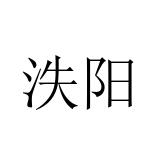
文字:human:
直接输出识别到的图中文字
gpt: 泆阳